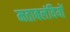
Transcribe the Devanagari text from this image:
मताबलंवियों